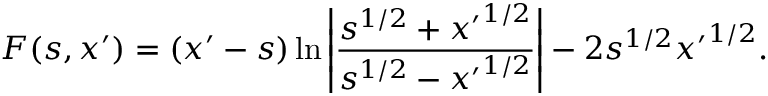
F ( s , x ^ { \prime } ) = ( x ^ { \prime } - s ) \ln \left| \frac { s ^ { 1 / 2 } + { x ^ { \prime } } ^ { 1 / 2 } } { s ^ { 1 / 2 } - { x ^ { \prime } } ^ { 1 / 2 } } \right| - 2 s ^ { 1 / 2 } { x ^ { \prime } } ^ { 1 / 2 } .